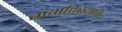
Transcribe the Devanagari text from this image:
गर्भावस्थाके